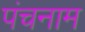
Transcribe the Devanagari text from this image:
पंचनाम